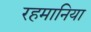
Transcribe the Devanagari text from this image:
रहमानिया